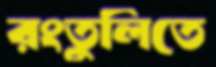
রংতুলিতে